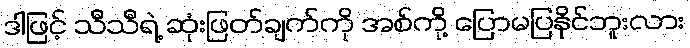
ဒါဖြင့် သီသီရဲ့ ဆုံးဖြတ်ချက်ကို အစ်ကို့ ပြောမပြနိုင်ဘူးလား